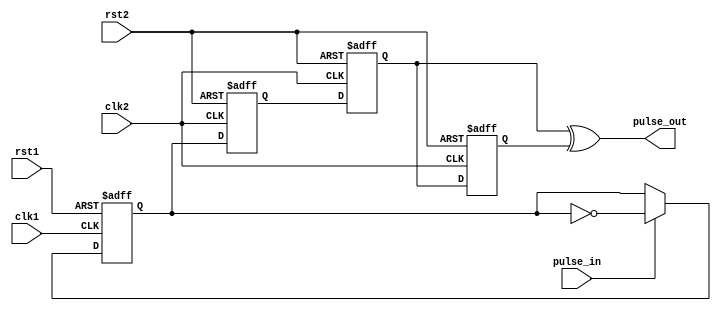
// -------------------------------------------------------
// Copyright (c) 2017 Cadence Design Systems, Inc.
//
// All rights reserved.
//
// Cadence Design Systems Proprietary and Confidential.
// -------------------------------------------------------

module pulse(input clk1, clk2, rst1, rst2, pulse_in, output pulse_out);

reg src, dst, dff_out, prev_out;

always @(posedge clk1 or posedge rst1) begin
    if (rst1) begin
        src <= 1'b0;
    end else begin
        src <= pulse_in ? ~src : src;
    end
end

always @(posedge clk2 or posedge rst2) begin
    if (rst2) begin
        dst      <= 1'b0;
        dff_out  <= 1'b0;
        prev_out <= 1'b0;
    end else begin
        dst      <= src;
        dff_out  <= dst;
        prev_out <= dff_out;
    end
end

assign pulse_out = dff_out ^ prev_out;
endmodule